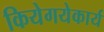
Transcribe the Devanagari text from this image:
कियेगयेकार्य